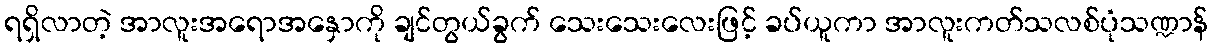
ရရှိလာတဲ့ အာလူးအရောအနှောကို ချင်တွယ်ခွက် သေးသေးလေးဖြင့် ခပ်ယူကာ အာလူးကတ်သလစ်ပုံသဏ္ဍာန်